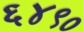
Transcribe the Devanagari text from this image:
६४९०